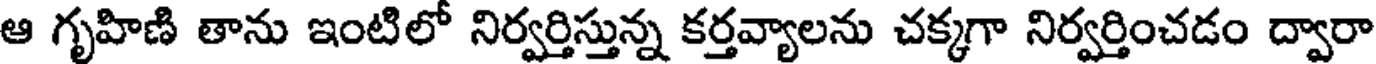
ఆ గృహిణి తాను ఇంటిలో నిర్వర్తిస్తున్న కర్తవ్యాలను చక్కగా నిర్వర్తించడం ద్వారా